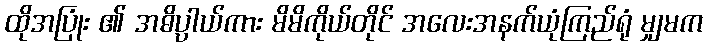
ထိုအပြုံး ၏ အဓိပ္ပာယ်ကား မိမိကိုယ်တိုင် အလေးအနက်ယုံကြည်ရုံ မျှမက